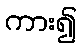
ကား၍